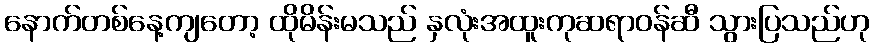
နောက်တစ်နေ့ကျတော့ ထိုမိန်းမသည် နှလုံးအထူးကုဆရာဝန်ဆီ သွားပြသည်ဟု